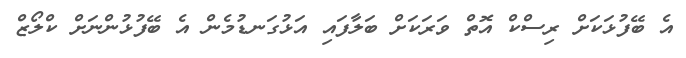
އެ ބޭފުޅަކަށް ރިސްކް އޮތް ވަރަކަށް ބަލާފައި އަޅުގަނޑުމެން އެ ބޭފުޅުންނަށް ކްލޯޒް